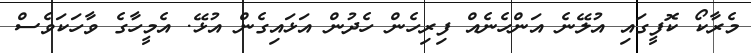
މެރާކޯ ކޮފީގައި އުލޭނެ އަންހެނެެއް ފިރިހެން ހެދުން އަޅައިގެން އުޅޭ. އެމީހާގެ ވާހަކަވެސް